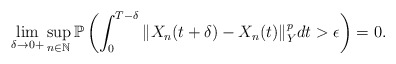
\begin{align*}\lim_{\delta\rightarrow 0+} \sup_{n\in\mathbb{N}} \mathbb{P} \left( \int_0^{T-\delta} \Vert X_n (t+\delta) - X_n (t) \Vert_Y^p dt > \epsilon \right) = 0 .\end{align*}